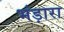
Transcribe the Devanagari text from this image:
भंड़ारा